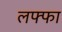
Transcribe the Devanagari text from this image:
लफ्फा